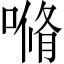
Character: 𰈣